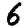
Digit: 6